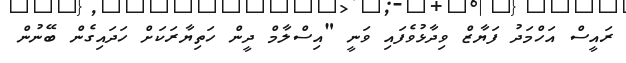
ރައީސް އަހްމަދު ފަޔާޒް ވިދާޅުވެފައި ވަނީ "އިސްލާމް ދީން ހަތިޔާރަކަށް ހަދައިގެން ބޭނުން